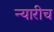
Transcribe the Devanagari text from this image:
न्यारीच